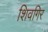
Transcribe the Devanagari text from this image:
शिवगिर